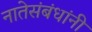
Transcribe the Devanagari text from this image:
नातेसंबंधांनी